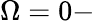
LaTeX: \Omega=0-